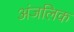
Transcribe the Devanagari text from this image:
अंजलिक